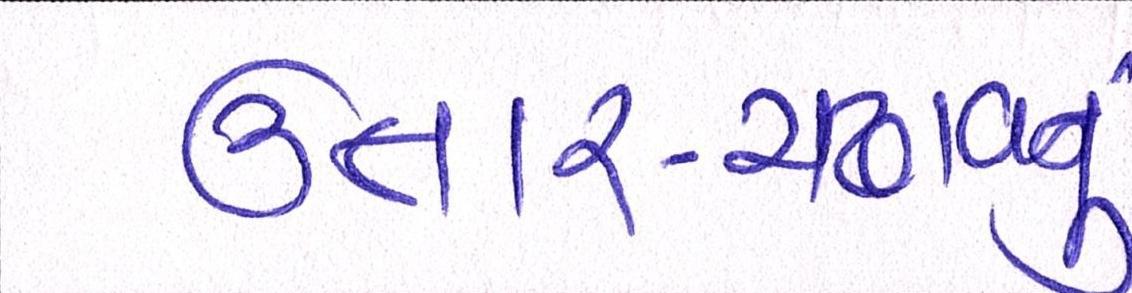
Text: ઉતાર-ચડાવનું